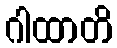
ဂါထာတိ